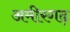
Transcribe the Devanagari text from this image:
अमीरगढ़